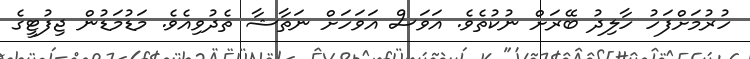
ހުރުމަށްފަހު ހާލިދު ބޭރަށް ނުކުތެވެ. އަވަސް އަވަހަށް ނަތާޝާ ތެދުވިއެވެ. މަޑުމަޑުން ޖިފުޓީގެ